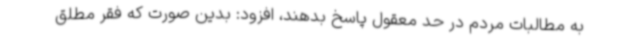
به مطالبات مردم در حد معقول پاسخ بدهند، افزود: بدین صورت که فقر مطلق